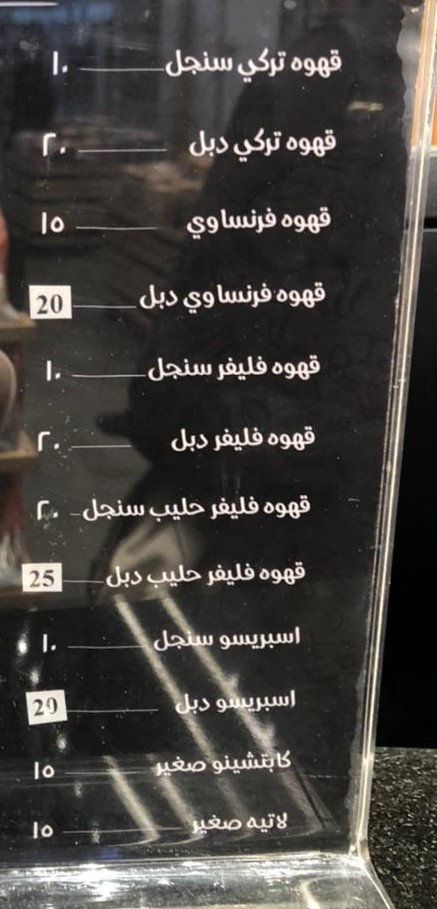
Text in image: 10 قهوه سنجل تركي دبل 20 قهوه تركي قهوه 15 فرنساوي قهوه فرنساوي قهوه فليفر سنجل 20 قهوه فليفر دبل 20 قهوه سنجل فليفر حليب 20 قهوه فليفر حليب دبل اسبريسو سنجل 10 اسبريسو دبل كابتشينو صغير 15 لاتيه صغير 15 20 25 20